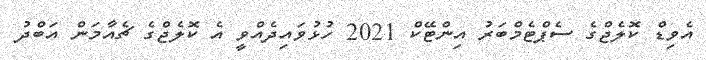
އެވިޑް ކޮލެޖްގެ ސެޕްޓެމްބަރު އިންޓޭކް 2021 ހުޅުވައިދެއްވީ އެ ކޮލެޖްގެ ޗެއާމަން އަބްދު